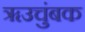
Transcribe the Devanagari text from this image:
ॠउचुंबक